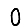
Digit: 0